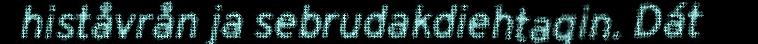
histåvrån ja sebrudakdiehtagin. Dát